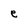
Character: e